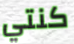
كنتي